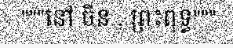
"""នៅ ចិន , ព្រះពុទ្ធ"""